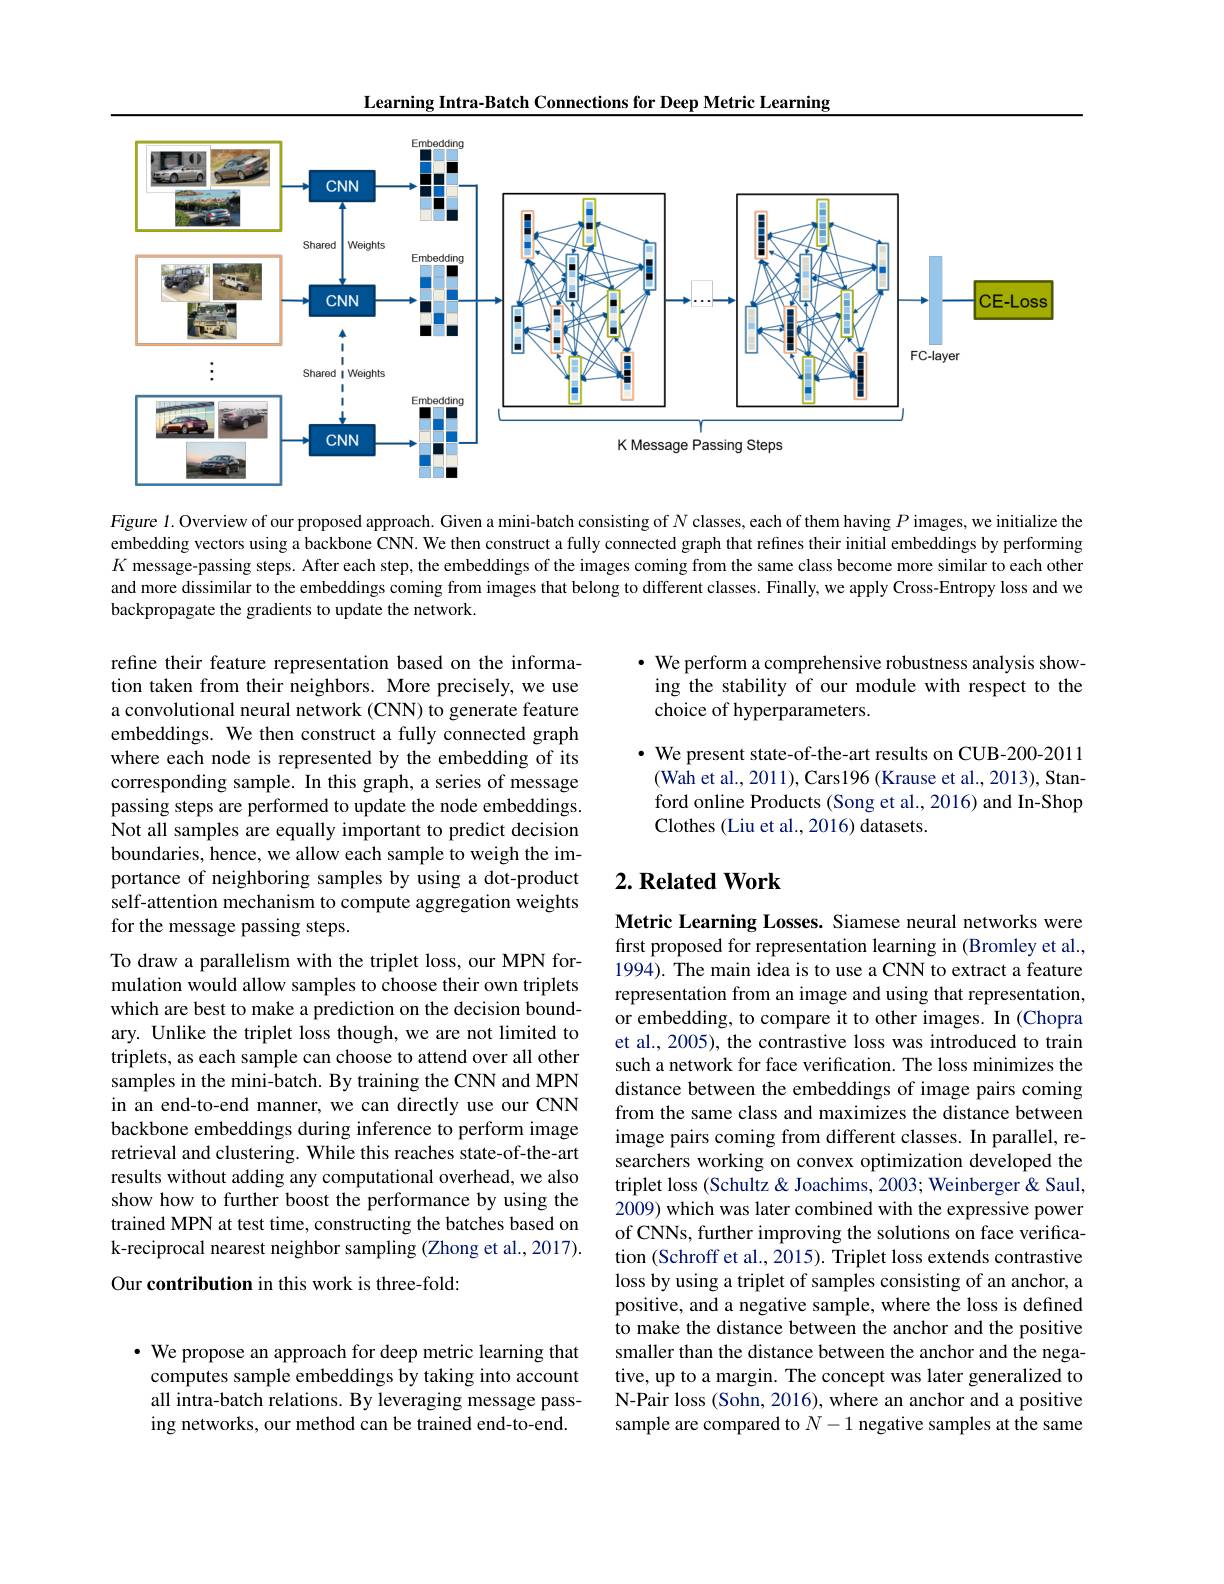
Learning Intra-Batch Connections for Deep Metric Learning

<FigureHere>

Figure 1. Overview of our proposed approach. Given a mini-batch consisting of $N$ classes, each of them having $P$ images, we initialize the embedding vectors using a backbone CNN. We then construct a fully connected graph that refines their initial embeddings by performing $K$ message-passing steps. After each step, the embeddings of the images coming from the same class become more similar to each other and more dissimilar to the embeddings coming from images that belong to different classes. Finally, we apply Cross-Entropy loss and we backpropagate the gradients to update the network.

$\cdot$ We perform a comprehensive robustness analysis showing the stability of our module with respect to the choice of hyperparameters.

$\cdot$ We present state-of-the-art results on CUB-200-2011 (Wah et al., 2011), Cars196 (Krause et al., 2013), Stanford online Products (Song et al., 2016) and In-Shop Clothes (Liu et al., 2016) datasets.

refine their feature representation based on the information taken from their neighbors. More precisely, we use a convolutional neural network (CNN) to generate feature embeddings. We then construct a fully connected graph where each node is represented by the embedding of its corresponding sample. In this graph, a series of message passing steps are performed to update the node embeddings. Not all samples are equally important to predict decision boundaries, hence, we allow each sample to weigh the importance of neighboring samples by using a dot-product self-attention mechanism to compute aggregation weights for the message passing steps.

## $2. \textbf{Related Work}$

To draw a parallelism with the triplet loss, our MPN formulation would allow samples to choose their own triplets which are best to make a prediction on the decision boundary. Unlike the triplet loss though, we are not limited to triplets, as each sample can choose to attend over all other samples in the mini-batch. By training the CNN and MPN in an end-to-end manner, we can directly use our CNN backbone embeddings during inference to perform image retrieval and clustering. While this reaches state-of-the-art results without adding any computational overhead, we also show how to further boost the performance by using the trained MPN at test time, constructing the batches based on k-reciprocal nearest neighbor sampling (Zhong et al., 2017). Our contribution in this work is three-fold:

Metric Learning Losses. Siamese neural networks were first proposed for representation learning in (Bromley et al., 1994). The main idea is to use a CNN to extract a feature representation from an image and using that representation, or embedding, to compare it to other images. In (Chopra et al., 2005), the contrastive loss was introduced to train such a network for face verification. The loss minimizes the distance between the embeddings of image pairs coming from the same class and maximizes the distance between image pairs coming from different classes. In parallel, researchers working on convex optimization developed the triplet loss (Schultz & Joachims, 2003; Weinberger & Saul, 2009) which was later combined with the expressive power of CNNs, further improving the solutions on face verification (Schroff et al., 2015). Triplet loss extends contrastive loss by using a triplet of samples consisting of an anchor, a positive, and a negative sample, where the loss is defined to make the distance between the anchor and the positive smaller than the distance between the anchor and the negative, up to a margin. The concept was later generalized to N-Pair loss (Sohn, 2016), where an anchor and a positive sample are compared to $N-1$ negative samples at the same

$\cdot$ We propose an approach for deep metric learning that computes sample embeddings by taking into account all intra-batch relations. By leveraging message passing networks, our method can be trained end-to-end.